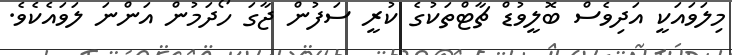
މިލަވައަކީ އަދިވެސް ބޮލީވުޑް ޗާޓްތަކުގެ ކުރީ ސަފުން ޖާގަ ހޯދަމުން އަންނަ ލަވައެކެވެ.